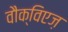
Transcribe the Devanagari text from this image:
वौक्विएज़